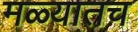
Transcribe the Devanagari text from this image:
मळ्यातच